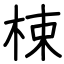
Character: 梀